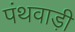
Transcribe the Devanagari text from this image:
पंथवाड़ी